Civil Veterinary Dept. Bombay admin report 1932-41 - 1932-1941
Year: 1932
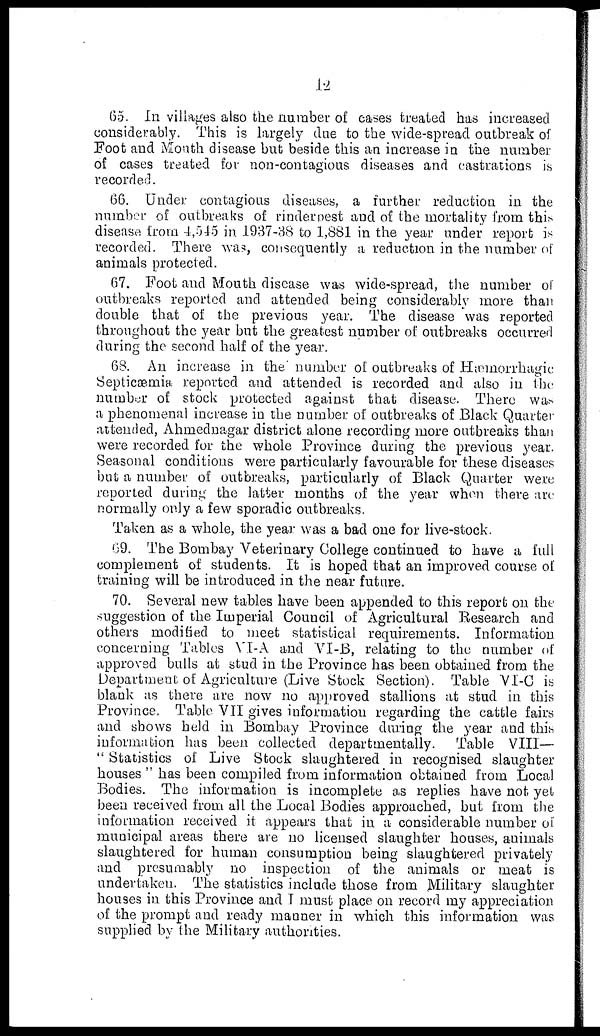
12
65. In villages also the number of cases treated has increased
considerably. This is largely due to the wide-spread outbreak of
Foot and Mouth disease but beside this an increase in the number
of cases treated for non-contagious diseases and castrations is
recorded.
66. Under contagious diseases, a further reduction in the
number of outbreaks of rinderpest and of the mortality from this
disease from 4,545 in 1937-38 to 1,881 in the year under report is
recorded. There was, consequently a reduction in the number of
animals protected.
67. Foot and Mouth disease was wide-spread, the number of
outbreaks reported and attended being considerably more than
double that of the previous year. The disease was reported
throughout the year but the greatest number of outbreaks occurred
during the second half of the year.
68. An increase in the number of outbreaks of Hæmorrhagic
Septicæmia reported and attended is recorded and also in the
number of stock protected against that disease. There was
a phenomenal increase in the number of outbreaks of Black Quarter
attended, Ahmednagar district alone recording more outbreaks than
were recorded for the whole Province during the previous year.
Seasonal conditions were particularly favourable for these diseases
but a number of outbreaks, particularly of Black Quarter were
reported during the latter months of the year when there are
normally only a few sporadic outbreaks.
Taken as a whole, the year was a bad one for live-stock.
69. The Bombay Veterinary College continued to have a full
complement of students. It is hoped that an improved course of
training will be introduced in the near future.
70. Several new tables have been appended to this report on the
suggestion of the Imperial Council of Agricultural Research and
others modified to meet statistical requirements. Information
concerning Tables VI-A and VI-B, relating to the number of
approved bulls at stud in the Province has been obtained from the
Department of Agriculture (Live Stock Section). Table VI-C is
blank as there are now no approved stallions at stud in this
Province. Table VII gives information regarding the cattle fairs
and shows held in Bombay Province during the year and this
information has been collected departmentally. Table VIII—
" Statistics of Live Stock slaughtered in recognised slaughter
houses " has been compiled from information obtained from Local
Bodies. The information is incomplete as replies have not yet
been received from all the Local Bodies approached, but from the
information received it appears that in a considerable number of
municipal areas there are no licensed slaughter houses, animals
slaughtered for human consumption being slaughtered privately
and presumably no inspection of the animals or meat is
undertaken. The statistics include those from Military slaughter
houses in this Province and I must place on record my appreciation
of the prompt and ready manner in which this information was
supplied by the Military authorities.